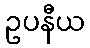
ဥပနီယ